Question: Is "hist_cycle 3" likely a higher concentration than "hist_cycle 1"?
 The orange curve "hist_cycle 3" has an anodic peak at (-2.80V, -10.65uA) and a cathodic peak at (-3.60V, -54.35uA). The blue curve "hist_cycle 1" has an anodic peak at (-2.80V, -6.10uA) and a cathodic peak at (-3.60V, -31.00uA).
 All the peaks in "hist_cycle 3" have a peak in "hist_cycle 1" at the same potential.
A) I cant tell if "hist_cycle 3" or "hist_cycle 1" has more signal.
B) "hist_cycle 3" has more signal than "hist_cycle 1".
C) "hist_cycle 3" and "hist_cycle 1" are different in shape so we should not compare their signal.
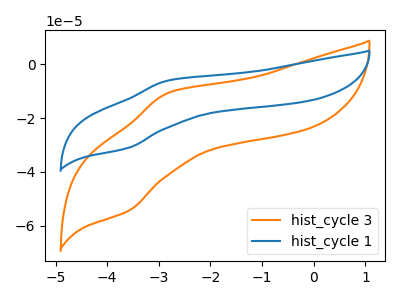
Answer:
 <answer>A) I cant tell if "hist_cycle 3" or "hist_cycle 1" has more signal.</answer>
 <eval>A</eval>